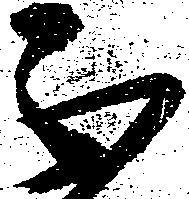
不